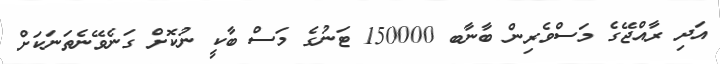
އަދި ރާއްޖޭގެ މަސްވެރިން ބާނާބ 150000 ޓަނުގެ މަސް ބާކީ ނުކޮށް ގަނެވޭނެތަނަކަށް